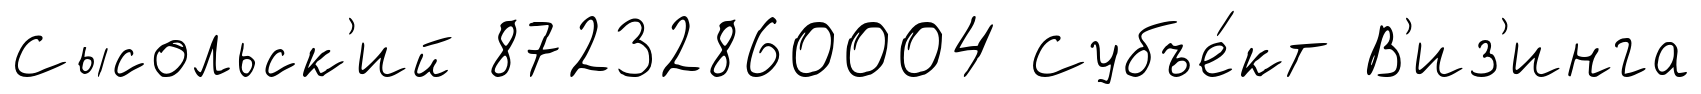
Сысольск'ий 87232860004 Субъе́кт В'из'инга